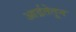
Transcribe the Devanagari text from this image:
आर्द्रतेतून